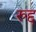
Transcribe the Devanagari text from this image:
रुद्द